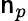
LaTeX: \mathsf{n}_{p}